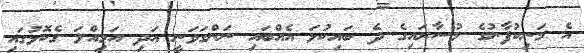
އެ މަނިކުފާނުގެ މުސާރައިގެ ދެ ބައިކުޅަ އެއްބައި ނަންގަވަނީ އަދި އަމިއްލަ ގެކޮޅުގައި